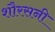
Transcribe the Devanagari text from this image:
शौरसनी